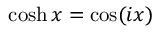
\cosh x = \cos ( i x )